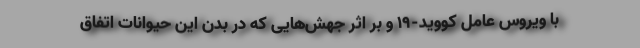
با ویروس عامل کووید-۱۹ و بر اثر جهش‌هایی که در بدن این حیوانات اتفاق